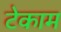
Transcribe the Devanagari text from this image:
टेकाम